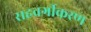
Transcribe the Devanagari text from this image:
सहवर्गीकरण